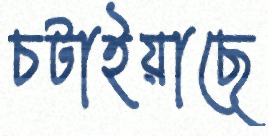
চটাইয়াছে